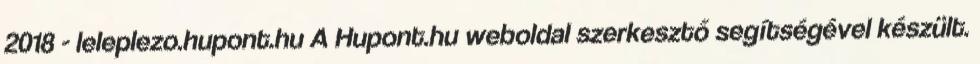
2018 - leleplezo.hupont.hu A Hupont.hu weboldal szerkesztő segítségével készült.